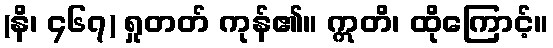
(နိ၊ ၄၆၇) ရှုတတ် ကုန်၏။ ဣတိ၊ ထိုကြောင့်။